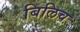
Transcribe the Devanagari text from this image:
बिलिच